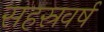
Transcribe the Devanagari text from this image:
सहस्रवर्ष